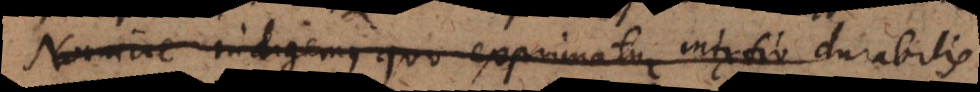
Nomine indigemus quo exprimatur mixtio du